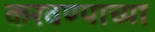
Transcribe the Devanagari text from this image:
करवण्याच्या